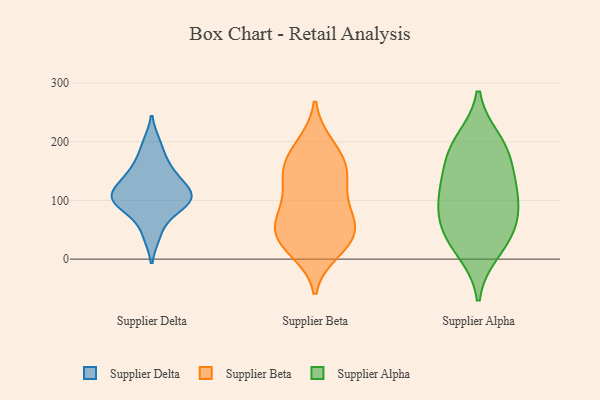
{"axis": {"x": "Active Users", "y": "Value"}, "legend": ["Supplier Alpha", "Supplier Beta", "Supplier Delta"], "data": [{"x": "", "y": 115, "type": "Supplier Delta"}, {"x": "", "y": 86, "type": "Supplier Delta"}, {"x": "", "y": 144, "type": "Supplier Delta"}, {"x": "", "y": 95, "type": "Supplier Delta"}, {"x": "", "y": 121, "type": "Supplier Delta"}, {"x": "", "y": 158, "type": "Supplier Delta"}, {"x": "", "y": 106, "type": "Supplier Delta"}, {"x": "", "y": 42, "type": "Supplier Delta"}, {"x": "", "y": 100, "type": "Supplier Delta"}, {"x": "", "y": 195, "type": "Supplier Delta"}, {"x": "", "y": 96, "type": "Supplier Beta"}, {"x": "", "y": 159, "type": "Supplier Beta"}, {"x": "", "y": 54, "type": "Supplier Beta"}, {"x": "", "y": 84, "type": "Supplier Beta"}, {"x": "", "y": 141, "type": "Supplier Beta"}, {"x": "", "y": 144, "type": "Supplier Beta"}, {"x": "", "y": 61, "type": "Supplier Beta"}, {"x": "", "y": 74, "type": "Supplier Beta"}, {"x": "", "y": 132, "type": "Supplier Beta"}, {"x": "", "y": 160, "type": "Supplier Beta"}, {"x": "", "y": 24, "type": "Supplier Beta"}, {"x": "", "y": 14, "type": "Supplier Beta"}, {"x": "", "y": 191, "type": "Supplier Beta"}, {"x": "", "y": 46, "type": "Supplier Beta"}, {"x": "", "y": 195, "type": "Supplier Beta"}, {"x": "", "y": 31, "type": "Supplier Beta"}, {"x": "", "y": 32, "type": "Supplier Beta"}, {"x": "", "y": 200, "type": "Supplier Alpha"}, {"x": "", "y": 39, "type": "Supplier Alpha"}, {"x": "", "y": 182, "type": "Supplier Alpha"}, {"x": "", "y": 177, "type": "Supplier Alpha"}, {"x": "", "y": 15, "type": "Supplier Alpha"}, {"x": "", "y": 122, "type": "Supplier Alpha"}, {"x": "", "y": 69, "type": "Supplier Alpha"}, {"x": "", "y": 55, "type": "Supplier Alpha"}, {"x": "", "y": 114, "type": "Supplier Alpha"}, {"x": "", "y": 108, "type": "Supplier Alpha"}]}